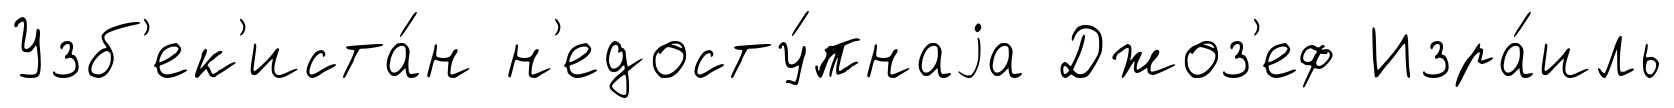
Узб'ек'иста́н н'едосту́пнаjа Джоз'еф Изра́иль